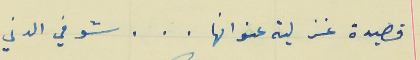
قصيدة غز لية عنوانها . . . شوفي الدني